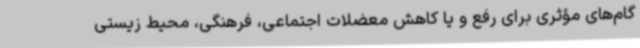
گام‌های مؤثری برای رفع و یا کاهش معضلات اجتماعی، فرهنگی، محیط زیستی